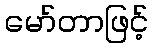
မော်တာဖြင့်